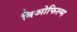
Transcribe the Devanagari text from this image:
बिओफिल्म